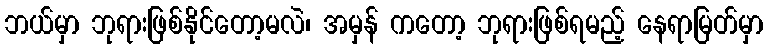
ဘယ်မှာ ဘုရားဖြစ်နိုင်တော့မလဲ၊ အမှန် ကတော့ ဘုရားဖြစ်ရမည့် နေရာမြတ်မှာ